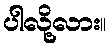
ပါလို့လား။